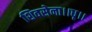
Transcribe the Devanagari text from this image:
शिवसेना।।धृ।।